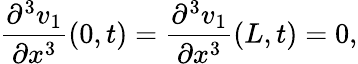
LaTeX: \frac{\partial^{3}v_{1}}{\partial x^{3}}(0,t)=\frac{\partial^{3}v_{1}}{\partial x^{3}}(L,t)=0,